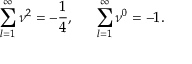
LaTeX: \sum _ { l = 1 } ^ { \infty } \nu ^ { 2 } = - \frac { 1 } { 4 } , ~ ~ ~ ~ \sum _ { l = 1 } ^ { \infty } \nu ^ { 0 } = - 1 .